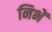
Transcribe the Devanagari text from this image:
निभें